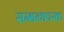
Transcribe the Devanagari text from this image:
सम्बन्धपरक